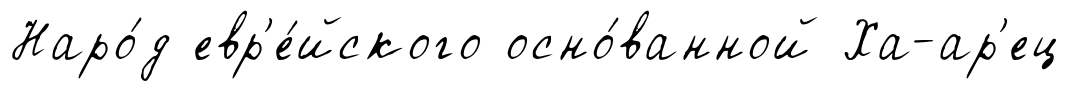
Наро́д евр'е́йского осно́ванной Ха-ар'ец